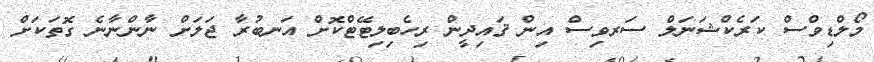
މޯލްޑިވްސް ކަރެކްޝަނަލް ސަރވިސް އިން ޤައިދީން ރިހެބިލިޓޭޓްކޮށް އަނބުރާ ޖަލަށް ނާންނާނެ ގޮތަކަށް